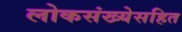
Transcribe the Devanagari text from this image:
लोकसंख्येसहित